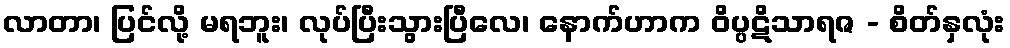
လာတာ၊ ပြင်လို့ မရဘူး၊ လုပ်ပြီးသွားပြီလေ၊ နောက်ဟာက ဝိပ္ပဋိသာရဇ - စိတ်နှလုံး